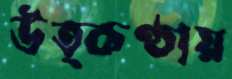
উত্কণ্ঠায়